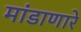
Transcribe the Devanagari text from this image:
मांडाणारे